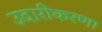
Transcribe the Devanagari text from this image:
उदारीकरण।